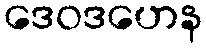
ဒေဝဒဟေန